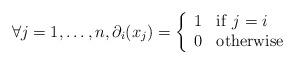
LaTeX: \begin{align*} \forall j = 1, \ldots, n, \partial_{i}(x_{j}) = \left\{\begin{array} {cl} 1 & \mathrm{if}\ j=i \\ 0 & \mathrm{otherwise} \end{array}\right.\end{align*}